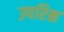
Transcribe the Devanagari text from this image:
उपरिक्ष